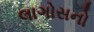
લાગોસનો